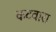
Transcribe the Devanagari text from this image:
कटवारा